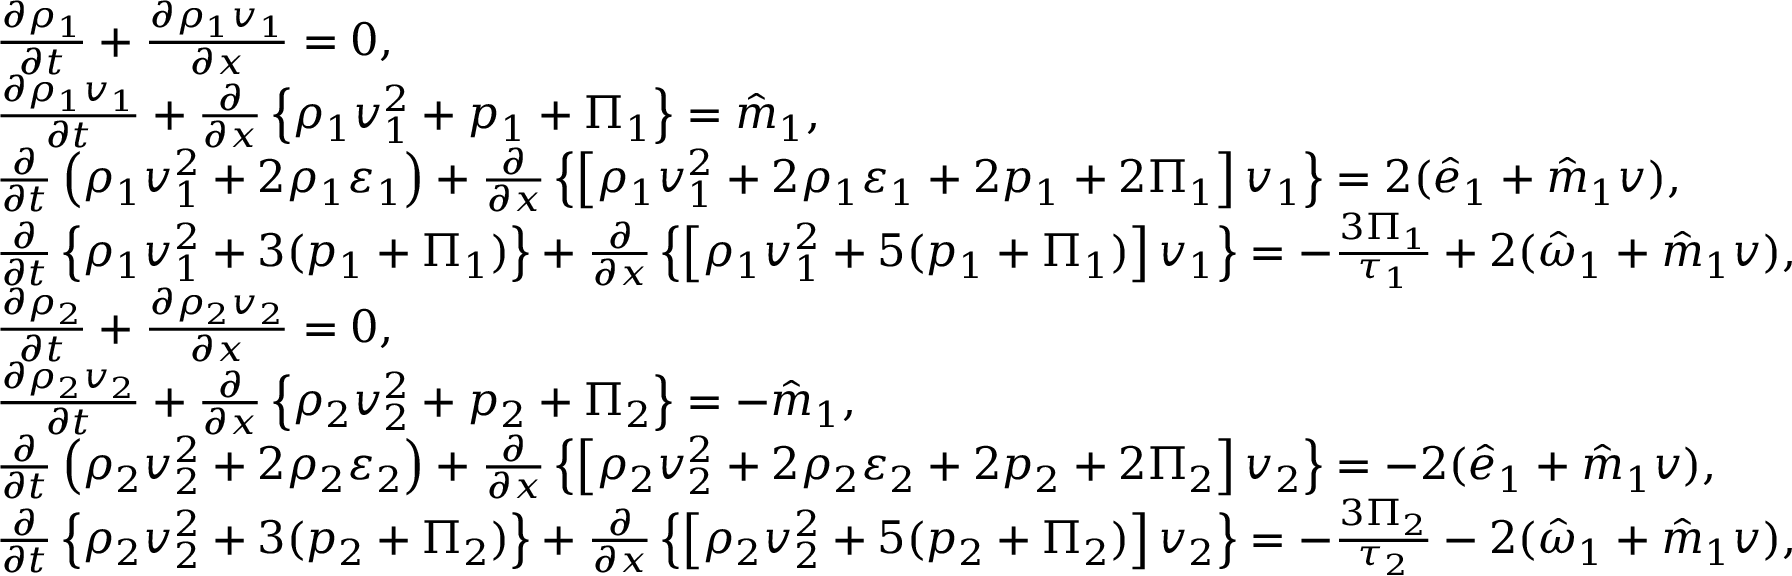
\begin{array} { r l } & { \frac { \partial \rho _ { 1 } } { \partial t } + \frac { \partial \rho _ { 1 } v _ { 1 } } { \partial x } = 0 , } \\ & { \frac { \partial \rho _ { 1 } v _ { 1 } } { \partial t } + \frac { \partial } { \partial x } \left\{ \rho _ { 1 } v _ { 1 } ^ { 2 } + p _ { 1 } + \Pi _ { 1 } \right\} = \hat { m } _ { 1 } , } \\ & { \frac { \partial } { \partial t } \left( \rho _ { 1 } v _ { 1 } ^ { 2 } + 2 \rho _ { 1 } \varepsilon _ { 1 } \right) + \frac { \partial } { \partial x } \left\{ \left[ \rho _ { 1 } v _ { 1 } ^ { 2 } + 2 \rho _ { 1 } \varepsilon _ { 1 } + 2 p _ { 1 } + 2 \Pi _ { 1 } \right] v _ { 1 } \right\} = 2 ( \hat { e } _ { 1 } + \hat { m } _ { 1 } v ) , } \\ & { \frac { \partial } { \partial t } \left\{ \rho _ { 1 } v _ { 1 } ^ { 2 } + 3 ( p _ { 1 } + \Pi _ { 1 } ) \right\} + \frac { \partial } { \partial x } \left\{ \left[ \rho _ { 1 } v _ { 1 } ^ { 2 } + 5 ( p _ { 1 } + \Pi _ { 1 } ) \right] v _ { 1 } \right\} = - \frac { 3 \Pi _ { 1 } } { \tau _ { 1 } } + 2 ( \hat { \omega } _ { 1 } + \hat { m } _ { 1 } v ) , } \\ & { \frac { \partial \rho _ { 2 } } { \partial t } + \frac { \partial \rho _ { 2 } v _ { 2 } } { \partial x } = 0 , } \\ & { \frac { \partial \rho _ { 2 } v _ { 2 } } { \partial t } + \frac { \partial } { \partial x } \left\{ \rho _ { 2 } v _ { 2 } ^ { 2 } + p _ { 2 } + \Pi _ { 2 } \right\} = - \hat { m } _ { 1 } , } \\ & { \frac { \partial } { \partial t } \left( \rho _ { 2 } v _ { 2 } ^ { 2 } + 2 \rho _ { 2 } \varepsilon _ { 2 } \right) + \frac { \partial } { \partial x } \left\{ \left[ \rho _ { 2 } v _ { 2 } ^ { 2 } + 2 \rho _ { 2 } \varepsilon _ { 2 } + 2 p _ { 2 } + 2 \Pi _ { 2 } \right] v _ { 2 } \right\} = - 2 ( \hat { e } _ { 1 } + \hat { m } _ { 1 } v ) , } \\ & { \frac { \partial } { \partial t } \left\{ \rho _ { 2 } v _ { 2 } ^ { 2 } + 3 ( p _ { 2 } + \Pi _ { 2 } ) \right\} + \frac { \partial } { \partial x } \left\{ \left[ \rho _ { 2 } v _ { 2 } ^ { 2 } + 5 ( p _ { 2 } + \Pi _ { 2 } ) \right] v _ { 2 } \right\} = - \frac { 3 \Pi _ { 2 } } { \tau _ { 2 } } - 2 ( \hat { \omega } _ { 1 } + \hat { m } _ { 1 } v ) , } \end{array}